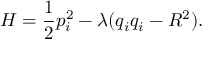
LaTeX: H = \frac 1 2 p _ { i } ^ { 2 } - \lambda ( q _ { i } q _ { i } - R ^ { 2 } ) .